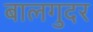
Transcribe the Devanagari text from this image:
बालगुदर